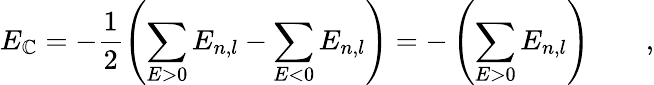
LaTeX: E_{\mathbb{C}}=-\frac{{1}}{{2}}\left(\sum_{E>0}E_{n,l}-\sum_{E<0}E_{n,l}\right)=-\left(\sum_{E>0}E_{n,l}\right)\qquad,